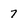
Character: 7